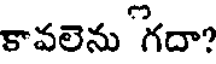
కావలెను "గదా?